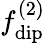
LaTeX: f_{\mathrm{dip}}^{(2)}